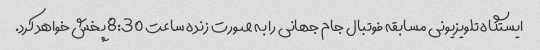
ایستگاه تلویزیونی مسابقه فوتبال جام جهانی را به صورت زنده ساعت 8:30 پخش خواهد کرد.